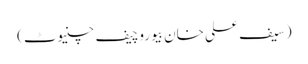
(سیف علی خان بیوروچیف چنیوٹ)